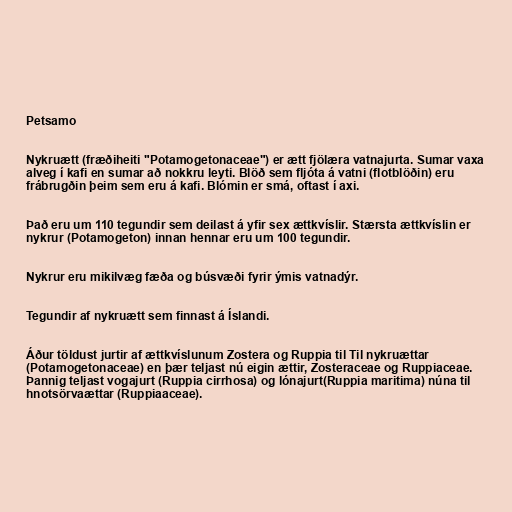
Petsamo

Nykruætt (fræðiheiti "Potamogetonaceae") er ætt fjölæra vatnajurta. Sumar vaxa
alveg í kafi en sumar að nokkru leyti. Blöð sem fljóta á vatni (flotblöðin) eru
frábrugðin þeim sem eru á kafi. Blómin er smá, oftast í axi.

Það eru um 110 tegundir sem deilast á yfir sex ættkvíslir. Stærsta ættkvíslin er
nykrur (Potamogeton) innan hennar eru um 100 tegundir.

Nykrur eru mikilvæg fæða og búsvæði fyrir ýmis vatnadýr.

Tegundir af nykruætt sem finnast á Íslandi.

Áður töldust jurtir af ættkvíslunum Zostera og Ruppia til Til nykruættar
(Potamogetonaceae) en þær teljast nú eigin ættir, Zosteraceae og Ruppiaceae.
Þannig teljast vogajurt (Ruppia cirrhosa) og lónajurt(Ruppia maritima) núna til
hnotsörvaættar (Ruppiaaceae).